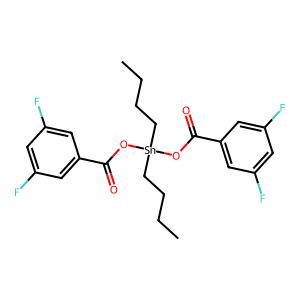
SMILES: CCCC[Sn](CCCC)(OC(=O)c1cc(F)cc(F)c1)OC(=O)c1cc(F)cc(F)c1
Inhibits HIV replication: No